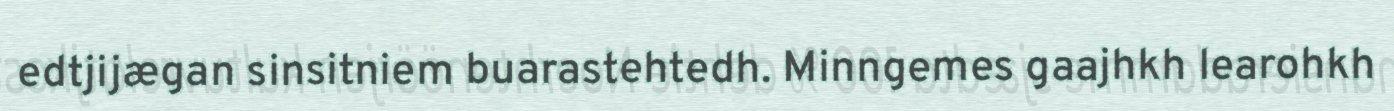
edtjijægan sinsitniem buarastehtedh. Minngemes gaajhkh learohkh